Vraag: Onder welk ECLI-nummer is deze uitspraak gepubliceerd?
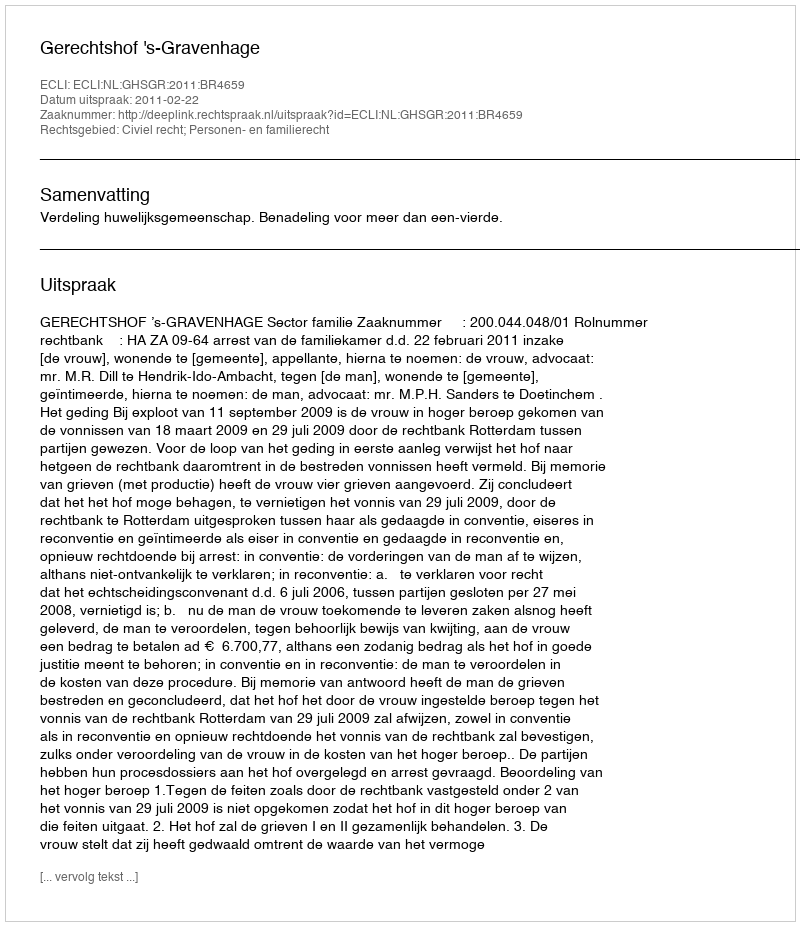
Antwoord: ECLI:NL:GHSGR:2011:BR4659